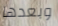
وبعدها